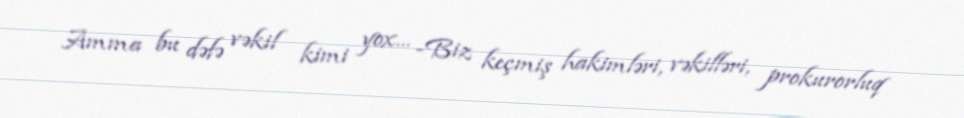
Amma bu dəfə vəkil kimi yox... -Biz keçmiş hakimləri, vəkilləri, prokurorluq